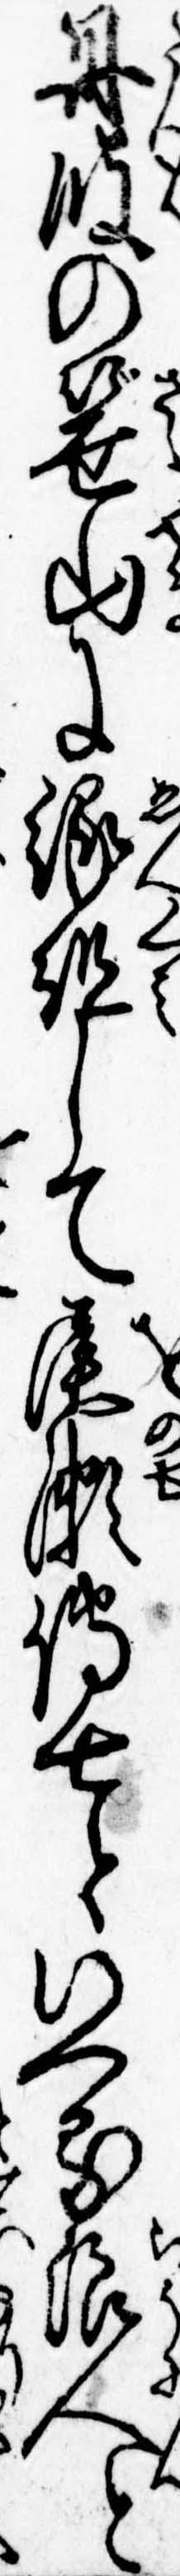
丹波の笹山に縁組して尾瀬伝七といへる浪人と